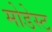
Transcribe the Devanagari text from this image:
मोडेस्ट